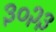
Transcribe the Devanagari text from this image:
३०२३